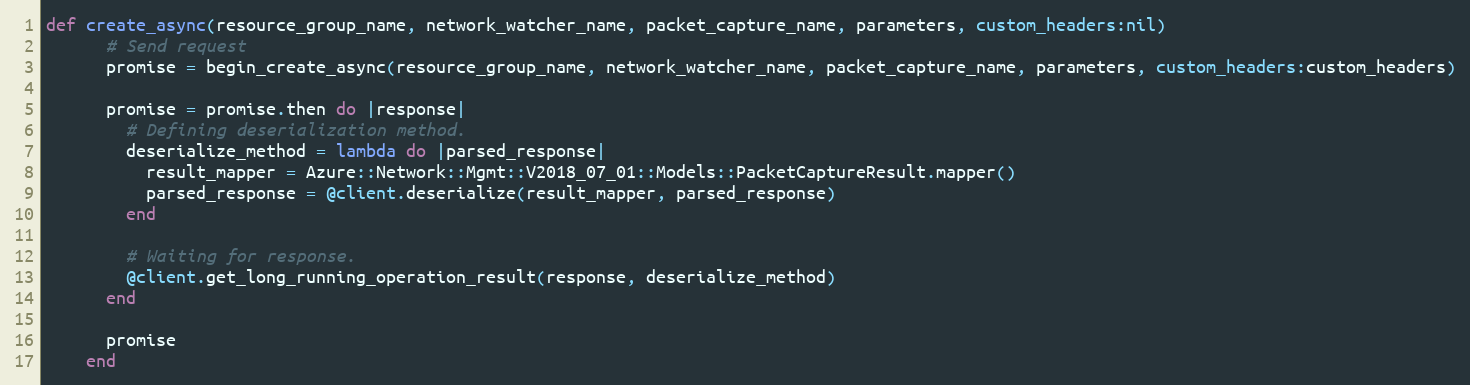
Language: Ruby
def create_async(resource_group_name, network_watcher_name, packet_capture_name, parameters, custom_headers:nil)
      # Send request
      promise = begin_create_async(resource_group_name, network_watcher_name, packet_capture_name, parameters, custom_headers:custom_headers)

      promise = promise.then do |response|
        # Defining deserialization method.
        deserialize_method = lambda do |parsed_response|
          result_mapper = Azure::Network::Mgmt::V2018_07_01::Models::PacketCaptureResult.mapper()
          parsed_response = @client.deserialize(result_mapper, parsed_response)
        end

        # Waiting for response.
        @client.get_long_running_operation_result(response, deserialize_method)
      end

      promise
    end